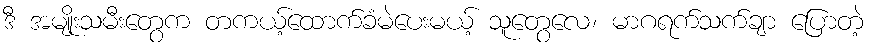
ဒီ အမျိုးသမီးတွေက တကယ့်ထောက်ခံမဲပေးမယ့် သူတွေလေ၊ မာဂရက်သက်ချာ ပြောတဲ့